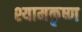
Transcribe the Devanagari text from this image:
श्यामकृष्ण